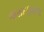
જસદણવાળા